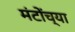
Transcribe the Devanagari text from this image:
मंटोंच्या